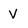
Character: V